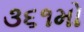
૩૬૧મો